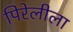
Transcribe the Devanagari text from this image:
पिरेलीला